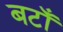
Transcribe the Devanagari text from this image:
बटाँ